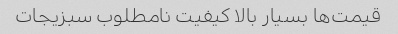
قیمت‌ها بسیار بالا کیفیت نامطلوب سبزیجات